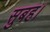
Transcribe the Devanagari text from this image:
सुबह।